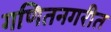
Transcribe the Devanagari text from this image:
गणितनगरीत